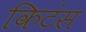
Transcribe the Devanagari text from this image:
किटंस